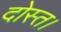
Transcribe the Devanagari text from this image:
दोस्त।